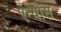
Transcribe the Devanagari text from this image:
एन्योस